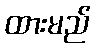
ထားမည်